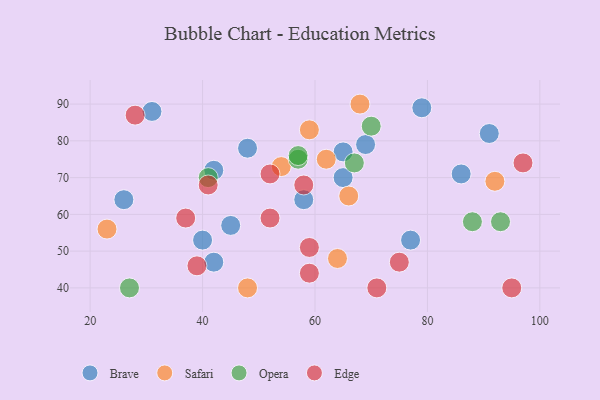
{"axis": {"x": "GDP", "y": "Life Expectancy"}, "legend": ["Brave", "Edge", "Opera", "Safari"], "data": [{"x": "31", "y": 88, "type": "Brave"}, {"x": "48", "y": 78, "type": "Brave"}, {"x": "65", "y": 77, "type": "Brave"}, {"x": "42", "y": 47, "type": "Brave"}, {"x": "69", "y": 79, "type": "Brave"}, {"x": "26", "y": 64, "type": "Brave"}, {"x": "65", "y": 70, "type": "Brave"}, {"x": "91", "y": 82, "type": "Brave"}, {"x": "42", "y": 72, "type": "Brave"}, {"x": "58", "y": 64, "type": "Brave"}, {"x": "40", "y": 53, "type": "Brave"}, {"x": "77", "y": 53, "type": "Brave"}, {"x": "45", "y": 57, "type": "Brave"}, {"x": "79", "y": 89, "type": "Brave"}, {"x": "86", "y": 71, "type": "Brave"}, {"x": "66", "y": 65, "type": "Safari"}, {"x": "92", "y": 69, "type": "Safari"}, {"x": "68", "y": 90, "type": "Safari"}, {"x": "62", "y": 75, "type": "Safari"}, {"x": "23", "y": 56, "type": "Safari"}, {"x": "54", "y": 73, "type": "Safari"}, {"x": "48", "y": 40, "type": "Safari"}, {"x": "64", "y": 48, "type": "Safari"}, {"x": "59", "y": 83, "type": "Safari"}, {"x": "88", "y": 58, "type": "Opera"}, {"x": "67", "y": 74, "type": "Opera"}, {"x": "70", "y": 84, "type": "Opera"}, {"x": "93", "y": 58, "type": "Opera"}, {"x": "41", "y": 70, "type": "Opera"}, {"x": "57", "y": 75, "type": "Opera"}, {"x": "27", "y": 40, "type": "Opera"}, {"x": "57", "y": 76, "type": "Opera"}, {"x": "28", "y": 87, "type": "Edge"}, {"x": "41", "y": 68, "type": "Edge"}, {"x": "52", "y": 59, "type": "Edge"}, {"x": "95", "y": 40, "type": "Edge"}, {"x": "75", "y": 47, "type": "Edge"}, {"x": "59", "y": 51, "type": "Edge"}, {"x": "37", "y": 59, "type": "Edge"}, {"x": "97", "y": 74, "type": "Edge"}, {"x": "58", "y": 68, "type": "Edge"}, {"x": "52", "y": 71, "type": "Edge"}, {"x": "71", "y": 40, "type": "Edge"}, {"x": "59", "y": 44, "type": "Edge"}, {"x": "39", "y": 46, "type": "Edge"}]}